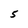
Character: 5